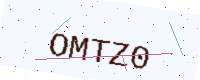
Text: OMTZ0